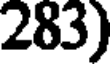
283)